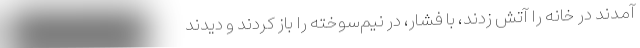
آمدند در خانه را آتش زدند، با فشار، در نیم‌سوخته را باز کردند و دیدند